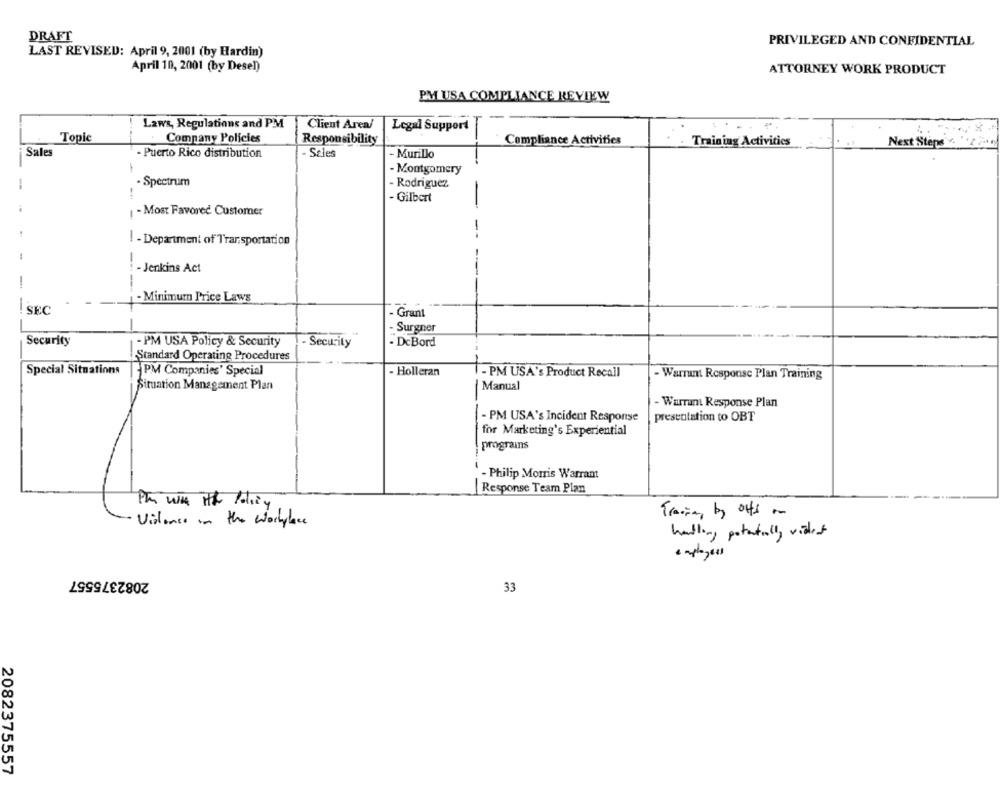
DRAFT
PRIVILEGED AND CONFIDENTIAL
LAST REVISED: April 9, 2001 (by Hardin)
April 10, 2001 (by Desel)
ATTORNEY WORK PRODUCT
PM USA COMPLIANCE REVIEW
Laws, Regulations and PM
Client Area/
Legal Support
Topic
Company Policies
Responsibility
Compliance Activities
Training Activities
Next Steps'v.
Sales
- Puerto Rico distribution
Seles
- Murillo
- Montgomery
-Spectrum
- Rodriguez
- Gilbert
-
1 - Most Favored Customer
--
I - Department of Transportation
--
- Jenkins Act
-
-Minimum Price Laws
SEC
. Grant
- Surgner
Security
- PM USA Policy & Security
Security
. DcBord
Standard Operating Procedures
Special Situations
PM Companies' Special
- Holleran
- PM USA's Product Recall
- WarTunt Response Plan Training
Situation Management Plan
Manual
- Warrant Response Plan
- PM USA's Incident Response
presentation to OBT
for Marketing's Experiential
programs
- Philip Morris Warrant
Response Team Plan
Pan WA ith Policy
Trains by offs on
Violence in the Workplace
handling potentially vident
employees
2082375557
33
2082375557